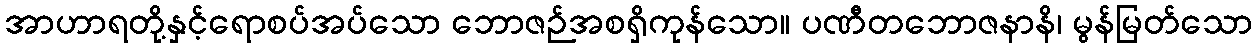
အာဟာရတို့နှင့်ရောစပ်အပ်သော ဘောဇဉ်အစရှိကုန်သော။ ပဏီတဘောဇနာနိ၊ မွန်မြတ်သော